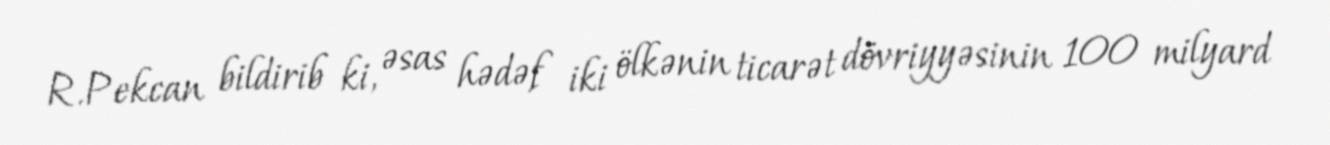
R.Pekcan bildirib ki, əsas hədəf iki ölkənin ticarət dövriyyəsinin 100 milyard